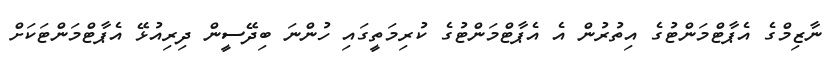
ނާޒިމްގެ އެޕާޓްމަންޓުގެ އިތުރުން އެ އެޕާޓްމަންޓުގެ ކުރިމަތީގައި ހުންނަ ބިދޭސީން ދިރިއުޅޭ އެޕާޓްމަންޓަކަށް